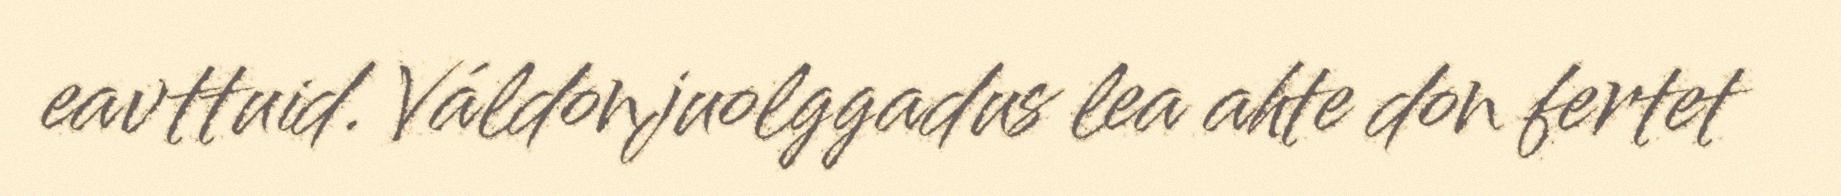
eavttuid. Váldonjuolggadus lea ahte don fertet